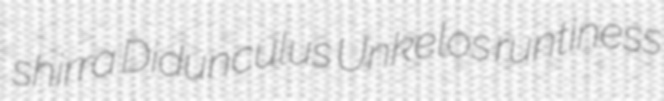
shirra Didunculus Unkelos runtiness